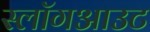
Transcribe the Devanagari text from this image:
स्लॉगआउट